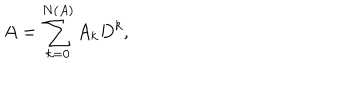
A = \sum _ { k = 0 } ^ { N ( A ) } A _ { k } D ^ { k } ,